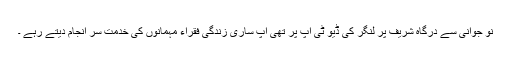
نو جوانی سے درگاہ شریف پر لنگر کی ڈیو ٹی آپ پر تھی آپ ساری زندگی فقراء مہمانوں کی خدمت سر انجام دیتے رہے ۔